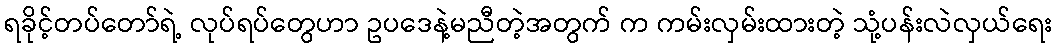
ရခိုင့်တပ်တော်ရဲ့ လုပ်ရပ်တွေဟာ ဥပဒေနဲ့မညီတဲ့အတွက် က ကမ်းလှမ်းထားတဲ့ သုံ့ပန်းလဲလှယ်ရေး